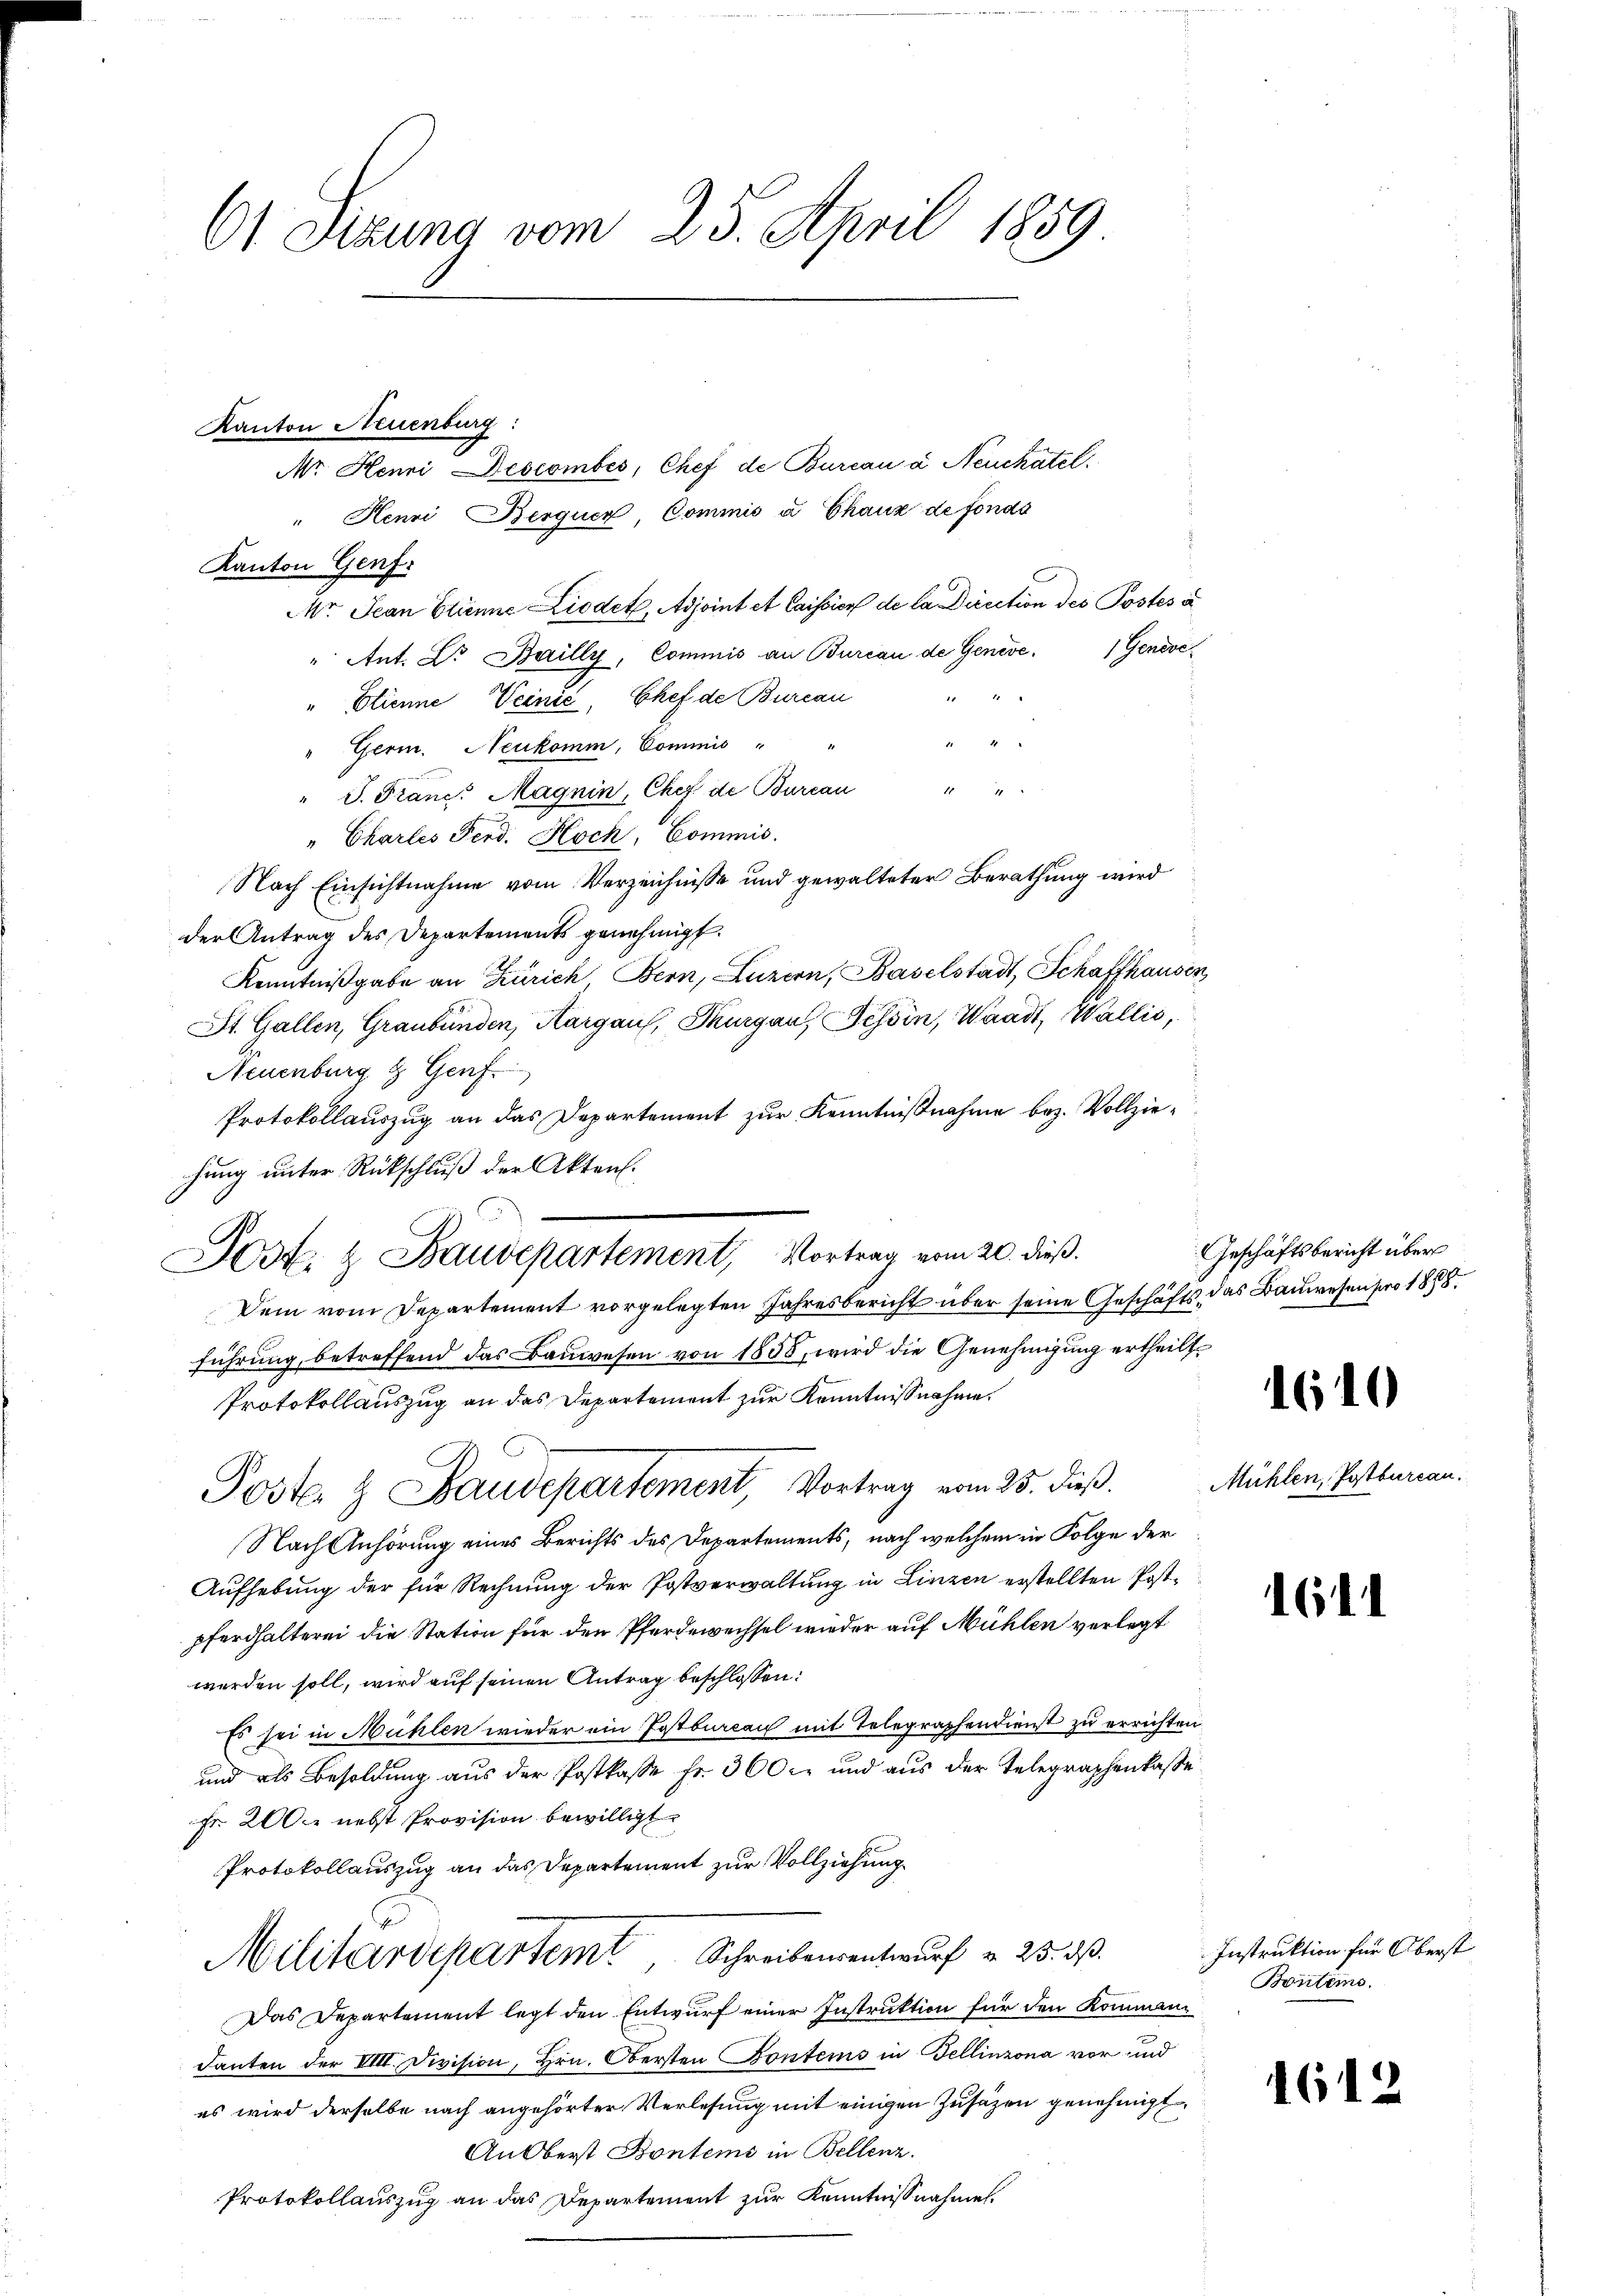
61 Sizung vom 23. April 1859

Nr. Henni Descomber, Chef de Bureau à Neuchatel
" Henri Berguer Commis à Chaux de fonds
Kanton Genf.
Mr Jean Etienne Ziodet, Adjoint et Caission de la Direction des Postes à
 Genere
" Ant. Dr. Bailly, Commis an Bureau de Genève¬
 40. 2
" Etienne Weinić, Chef de Burcau
" Germ. Neukomm, Commis
x
" J. Franc, Magnin, Chef de Bureau
" Charles Ferd. Koch, Commis.
Nach Einsichtnahme vom Verzeichnisse und gewalteter Berathung wird
der Antrag des Departements genehmigt.
Kenntniβgabe an Zürich, Bern, Luzern, Baselstadt, Schaffhausen
St. Gallen, Graubünden, Aargau, Thurgau, Tessin, Waadt, Wallis,
Neuenburg & Genf
Protokollauszug an das Departement zur Kenntnißnahme bez. Vollziehung unter Rückschluß der Akten.
Dem vom Departement vorgelegten Jahresbericht über seine Geschäfts das Bauwesen pro 1888.
führung, betreffend das Bauwesen von 1858, wird die Genehmigung ertheilt,
Protokollauszug an das Departement zur Kenntnißnahme.
Poster & Baudepartement, Vortrag vom 25. dieß.
Nach Anhörung eines Berichts des Departements, nach welchem in Folge der
Aufhebung der für Rechnung der Postverwaltung in Linzen erstellten Postpferdhalterei die Station für den Pferdewechsel wieder auf Mühlen verlegt
werden soll, wird auf seinen Antrag beschlossen:
Es sei in Mühlen wieder ein Jastbureau mit Telegraphendienst zu errichten
und als Besoldung aus der Postkasse Fr. 300 l. und aus der Telegraphenkasse
Fr. 200 nebst Provision bewilligt.
Protokollauszug an das Departement zur Vollziehung
Militärdepartem Schreibensentwurf v. 25. dß.
Das Departement legt den Entwurf einer Instruktion für den Kommandanten der VIII. Division, Hrn. Obersten Bontems in Bellinzona vor und
es wird derselbe nach angehörter Verlesung mit einigen Zusätzen genehmigt
An Oberst Kontems in Bellenz.
Protokollauszug an das Departement zur Kenntnißnahmen.

Kanton Neuenburg:

Dost. & Baudepartement, Vortrag vom 20. dieß.

Geschäftsbericht über

Mühlen, Postbureau.

610

1641

Instruktion für Oberst
Bontems.

4612